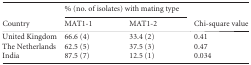
<table><thead><tr><td rowspan="2"><b>Country</b></td><td colspan="2"><b>% (no. of isolates) with mating type</b></td><td rowspan="2"><b>Chi-square value</b></td></tr><tr><td><b>MAT1-1</b></td><td><b>MAT1-2</b></td></tr></thead><tbody><tr><td>United Kingdom</td><td>66.6 (4)</td><td>33.4 (2)</td><td>0.41</td></tr><tr><td>The Netherlands</td><td>62.5 (5)</td><td>37.5 (3)</td><td>0.47</td></tr><tr><td>India</td><td>87.5 (7)</td><td>12.5 (1)</td><td>0.034</td></tr></tbody></table>